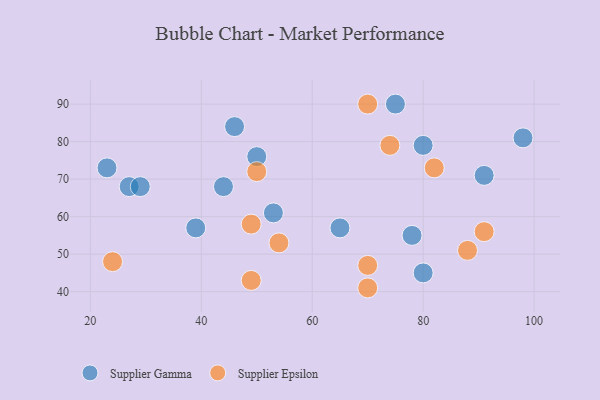
{"axis": {"x": "GDP", "y": "Life Expectancy"}, "legend": ["Supplier Epsilon", "Supplier Gamma"], "data": [{"x": "80", "y": 79, "type": "Supplier Gamma"}, {"x": "39", "y": 57, "type": "Supplier Gamma"}, {"x": "23", "y": 73, "type": "Supplier Gamma"}, {"x": "65", "y": 57, "type": "Supplier Gamma"}, {"x": "80", "y": 45, "type": "Supplier Gamma"}, {"x": "98", "y": 81, "type": "Supplier Gamma"}, {"x": "44", "y": 68, "type": "Supplier Gamma"}, {"x": "27", "y": 68, "type": "Supplier Gamma"}, {"x": "50", "y": 76, "type": "Supplier Gamma"}, {"x": "53", "y": 61, "type": "Supplier Gamma"}, {"x": "46", "y": 84, "type": "Supplier Gamma"}, {"x": "91", "y": 71, "type": "Supplier Gamma"}, {"x": "29", "y": 68, "type": "Supplier Gamma"}, {"x": "78", "y": 55, "type": "Supplier Gamma"}, {"x": "75", "y": 90, "type": "Supplier Gamma"}, {"x": "54", "y": 53, "type": "Supplier Epsilon"}, {"x": "49", "y": 58, "type": "Supplier Epsilon"}, {"x": "70", "y": 41, "type": "Supplier Epsilon"}, {"x": "91", "y": 56, "type": "Supplier Epsilon"}, {"x": "74", "y": 79, "type": "Supplier Epsilon"}, {"x": "50", "y": 72, "type": "Supplier Epsilon"}, {"x": "70", "y": 47, "type": "Supplier Epsilon"}, {"x": "82", "y": 73, "type": "Supplier Epsilon"}, {"x": "24", "y": 48, "type": "Supplier Epsilon"}, {"x": "88", "y": 51, "type": "Supplier Epsilon"}, {"x": "49", "y": 43, "type": "Supplier Epsilon"}, {"x": "70", "y": 90, "type": "Supplier Epsilon"}]}